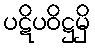
ပဋိပဝိဋ္ဌမှိ